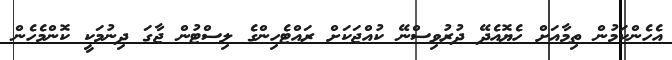
އެހެންކަމުން ތިމާއަށް ހެޔޮއެދޭ ދުރުވިސްނޭ ކުއްޖަކަށް ރައްޓެހިންގެ ލިސްޓުން ޖާގަ ދިނުމަކީ ކޮންމެހެން